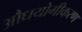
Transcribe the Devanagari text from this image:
औधयोगीकरण